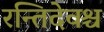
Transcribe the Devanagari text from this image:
रन्तिदेवश्च